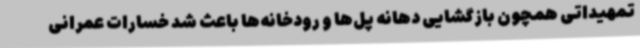
تمهیداتی همچون بازگشایی دهانه پل‌ها و رودخانه‌ها باعث شد خسارات عمرانی